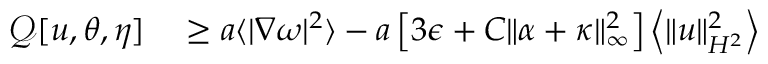
\begin{array} { r l } { \mathcal { Q } [ u , \theta , \eta ] } & { { } \geq a \langle | \nabla \omega | ^ { 2 } \rangle - a \left[ 3 \epsilon + C \| \alpha + \kappa \| _ { \infty } ^ { 2 } \right] \left\langle \| u \| _ { H ^ { 2 } } ^ { 2 } \right\rangle } \end{array}